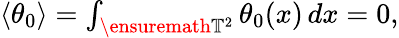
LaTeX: \begin{array}{r}{\langle\theta_{0}\rangle=\int_{\ensuremath{\mathbb{T}}^{2}}\theta_{0}(x)\, dx=0,}\end{array}